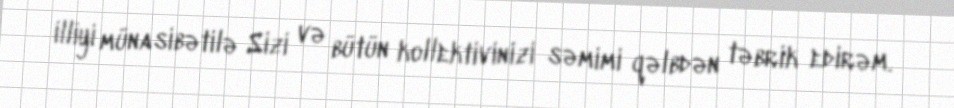
illiyi münasibətilə Sizi və bütün kollektivinizi səmimi qəlbdən təbrik edirəm.